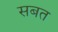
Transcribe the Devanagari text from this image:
सबत